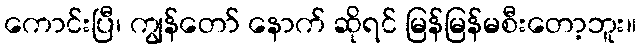
ကောင်းပြီ၊ ကျွန်တော် နောက် ဆိုရင် မြန်မြန်မစီးတော့ဘူး။